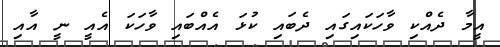
އީމާ ދެއްކި ވާހަކައިގައި ދެބައި ކުޅަ އެއްބައި ވާހަކަ އެއީ ނީ އާއި